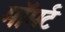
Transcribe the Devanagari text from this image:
मॉमर्ट